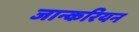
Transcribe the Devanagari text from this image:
जान्करियन